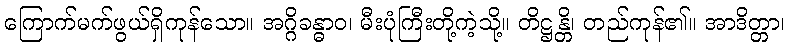
ကြောက်မက်ဖွယ်ရှိကုန်သော။ အဂ္ဂိခန္ဓာဝ၊ မီးပုံကြီးတို့ကဲ့သို့။ တိဋ္ဌန္တိ၊ တည်ကုန်၏။ အာဒိတ္တာ၊